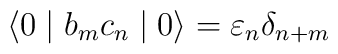
\langle 0 \mid b_m c_n \mid 0 \rangle = {\varepsilon}_n{\delta}_{n+m}